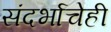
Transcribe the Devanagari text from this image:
संदर्भाचेही